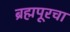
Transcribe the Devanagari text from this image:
ब्रह्मपूरचा